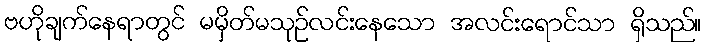
ဗဟိုချက်နေရာတွင် မမှိတ်မသုဉ်လင်းနေသော အလင်းရောင်သာ ရှိသည်။